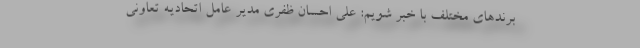
برندهای مختلف با خبر شویم: علی احسان ظفری مدیر عامل اتحادیه تعاونی